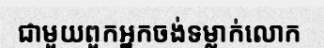
ជាមួយពួកអ្នកចង់ទម្លាក់លោក